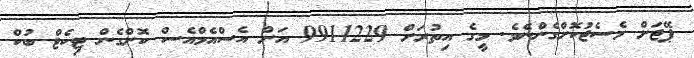
ޕޭޖަށް މެސެޖުކޮށްގެންނެވެ. މީގެ އިތުރަށް 9911229 އަށް އެސްއެމްއެސް ކޮށްގެން ޓިކެޓް ބުކް